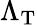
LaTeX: \Lambda_{\mathrm{T}}